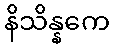
နိသိန္နကေ